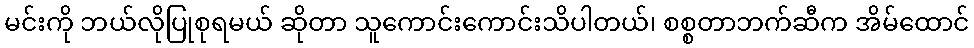
မင်းကို ဘယ်လိုပြုစုရမယ် ဆိုတာ သူကောင်းကောင်းသိပါတယ်၊ စစ္စတာဘက်ဆီက အိမ်ထောင်